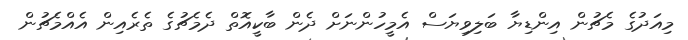
މިއަދުގެ މެޗުން އިންޑިޔާ ބަލިވިޔަސް އެމީހުންނަށް ދެން ބާކީއޮތް ދެމެޗުގެ ތެރެއިން އެއްމެޗުން